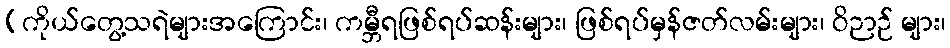
(ကိုယ်တွေ့သရဲများအကြောင်း၊ ကမ္ဘီရဖြစ်ရပ်ဆန်းများ၊ ဖြစ်ရပ်မှန်ဇတ်လမ်းများ၊ ဝိဉာဉ် များ၊